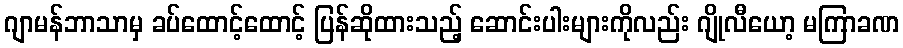
ဂျာမန်ဘာသာမှ ခပ်ထောင့်ထောင့် ပြန်ဆိုထားသည့် ဆောင်းပါးများကိုလည်း ဂျိုလီယော့ မကြာခဏ